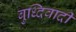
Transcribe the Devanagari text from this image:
बुध्दिवादी